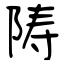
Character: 陦